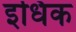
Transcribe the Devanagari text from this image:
इधिक